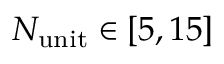
N _ { \mathrm { u n i t } } \in [ 5 , 1 5 ]